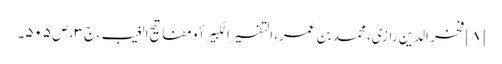
[۸] فخر الدین رازی، محمد بن عمر، التفسیر الکبیر أو مفاتیح الغیب، ج ۳، ص ۵۰۵۔